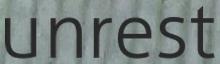
unrest